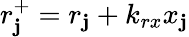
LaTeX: r_{\mathbf{j}}^{+}=r_{\mathbf{j}}+k_{rx}x_{\mathbf{j}}